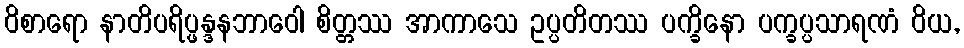
ဝိစာရော နာတိပရိပ္ဖန္ဒနဘာဝေါ စိတ္တဿ အာကာသေ ဥပ္ပတိတဿ ပက္ခိနော ပက္ခပ္ပသာရဏံ ဝိယ,